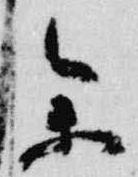
参